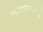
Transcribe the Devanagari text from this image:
नाट्यचळवळीचे